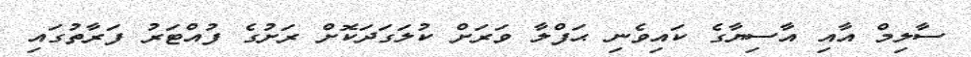
ސާލިމް އާއި އާސިޔާގެ ކައިވެނި ޙަފްލާ ވަރަށް ކުލަގަދަކޮށް ރަށުގެ ފުއްޓަރު ފަރާތުގައި